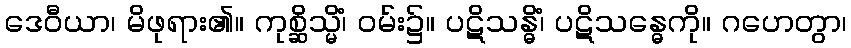
ဒေဝီယာ၊ မိဖုရား၏။ ကုစ္ဆိသ္မိံ၊ ဝမ်း၌။ ပဋိသန္ဓိံ၊ ပဋိသန္ဓေကို။ ဂဟေတွာ၊